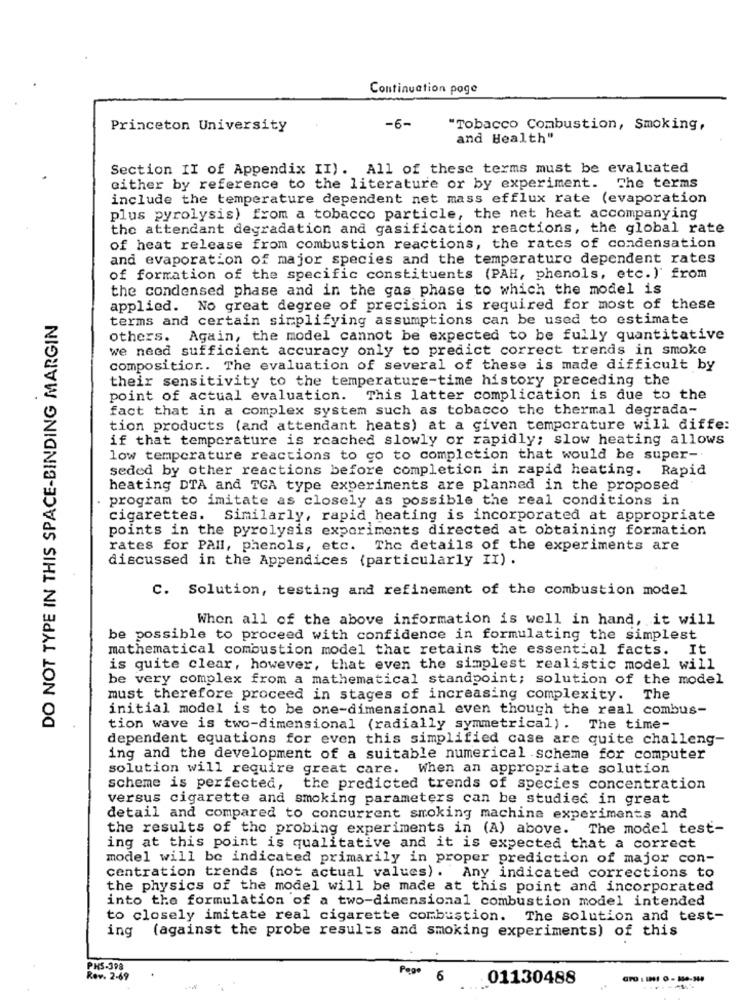
Continuation poge
Princeton University
-6-
"Tobacco Combustion, Smoking,
and Health"
Section II of Appendix II). All of these terms must be evaluated
either by reference to the literature or by experiment. The terms
include the temperature dependent net mass efflux rate (evaporation
plus pyrolysis) from a tobacco particle, the net heat accompanying
the attendant degradation and gasification reactions, the global rate
of heat release from combustion reactions, the rates of condensation
and evaporation of major species and the temperature dependent rates
of formation of the specific constituents (PAH, phenols, etc.)' from
the condensed phase and in the gas phase to which the model is
DO NOT TYPE IN THIS SPACE-BINDING MARGIN
applied. No great degree of precision is required for most of these
terms and certain simplifying assumptions can be used to estimate
others. Again, the model cannot be expected to be fully quantitative
we need sufficient accuracy only to predict correct trends in smoke
compositior .. The evaluation of several of these is made difficult by
their sensitivity to the temperature-time history preceding the
point of actual evaluation. This latter complication is due to the
fact that in a complex system such as tobacco the thermal degrada-
tion products (and attendant heats) at a given temperature will diffe:
if that temperature is reached slowly or rapidly; slow heating allows
low temperature reactions to go to completion that would be super-
seded by other reactions before completion in rapid heating. Rapid
heating DTA and TGA type experiments are planned in the proposed
program to imitate as closely as possible the real conditions in
cigarettes. Similarly, rapid heating is incorporated at appropriate
points in the pyrolysis experiments directed at obtaining formation
rates for PAIl, phenols, etc. The details of the experiments are
discussed in the Appendices (particularly II) .
C. Solution, testing and refinement of the combustion model
When all of the above information is well in hand, it will
be possible to proceed with confidence in formulating the simplest
mathematical combustion model that retains the essential facts. It
is quite clear, however, that even the simplest realistic model will
be very complex from a mathematical standpoint; solution of the model
must therefore proceed in stages of increasing complexity. The
initial model is to be one-dimensional even though the real combus-
tion wave is two-dimensional (radially symmetrical). The time-
dependent equations for even this simplified case are quite challeng-
ing and the development of a suitable numerical scheme for computer
solution will require great care. When an appropriate solution
scheme is perfected,
the predicted trends of species concentration
versus cigarette and smoking parameters can be studied in great
detail and compared to concurrent smoking machina experiments and
the results of the probing experiments in (A) above. The model test-
ing at this point is qualitative and it is expected that a correct
model will be indicated primarily in proper prediction of major con-
centration trends (not actual values). Any indicated corrections to
the physics of the model will be made at this point and incorporated
into the formulation of a two-dimensional combustion model intended
to closely imitate real cigarette combustion. The solution and test-
ing
(against the probe results and smoking experiments) of this
PHS-398
Rev. 2-69
6
01130488